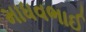
માધવભાઈ